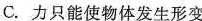
C.力只能使物体发生形变